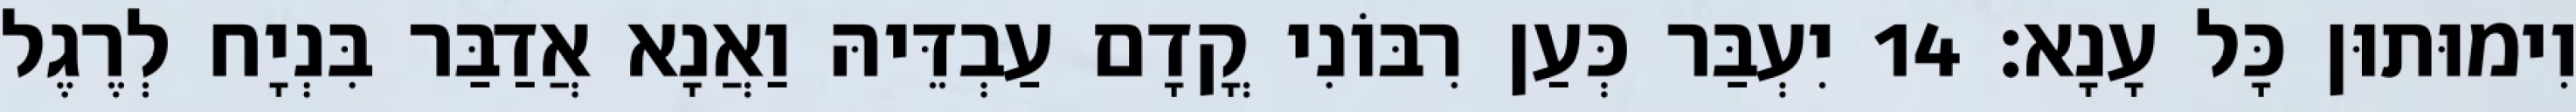
וִימוּתוּן כָּל עָנָא׃ 14 יִעְבַּר כְּעַן רִבּוֹנִי קֳדָם עַבְדֵּיהּ וַאֲנָא אֲדַבַּר בִּנְיָח לְרֶגֶל